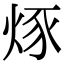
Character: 烼